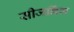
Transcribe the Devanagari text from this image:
सीजनिंग